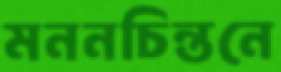
মননচিন্তনে